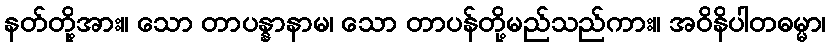
နတ်တို့အား။ သော တာပန္နာနာမ၊ သော တာပန်တို့မည်သည်ကား။ အဝိနိပါတဓမ္မာ၊